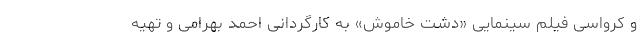
و کرواسی فیلم سینمایی «دشت خاموش» به کارگردانی احمد بهرامی و تهیه